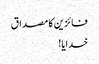
فائزین کا مصداق
خدایا!